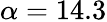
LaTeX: \alpha=14.3